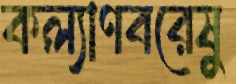
কল্যাণবরেষু